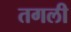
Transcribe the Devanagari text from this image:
तगली